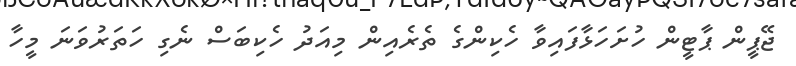
ޖޭޕީން ޕާޓީން ހުށަހަޅާފައިވާ ހެކިންގެ ތެރެއިން މިއަދު ހެކިބަސް ނެގި ހަތަރުވަނަ މީހާ